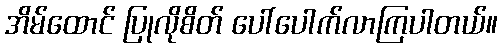
အိမ်ထောင် ပြုလိုစိတ် ပေါ်ပေါက်လာကြပါတယ်။